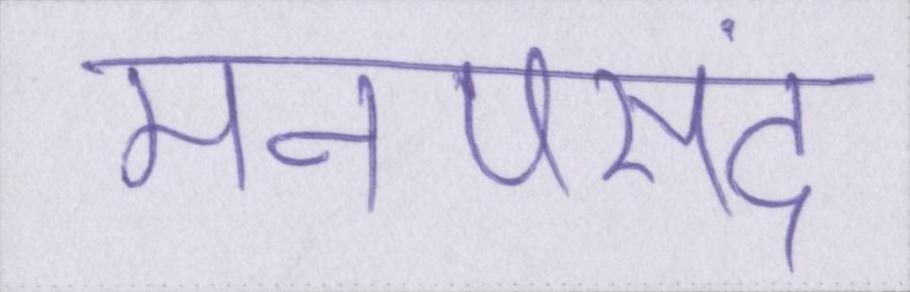
मनपसंद